Calcutta medical institutions reports 1871-78
Year: 1871
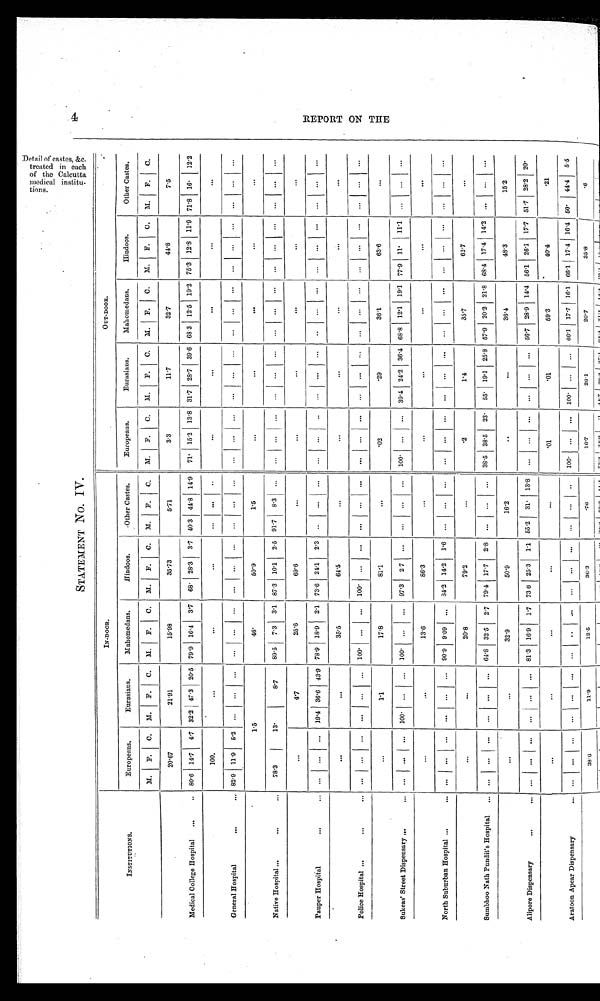
t r eat ed i n each
of t he Cal cut t a
medi cal i nst i t u-
tions.
4
STATEMENT No. IV.
IN-DOOR.
OUT-DOOR.
INSTITUTIONS.
Europeans.
Eurasians.
Mahomedans.
Hindoos.
-Other Castes.
Europeans.
Eurasians.
Mahomedans.
Hindoos.
Other Castes.
M.
F.
C.
M.
F.
C.
M.
F.
C.
M.
F.
C.
M.
F.
C
M.
F.
C.
M.
F.
C.
M.
F.
C.
M.
F.
C.
M.
F.
C.
Medical College Hospital
...
..
20.67
21.91
15.98
35.73
5.71
3.3
11.7
32.7
44.8
7.5
80.6 14.7 4.7 32.2 47.3
'
20.5 79.9 16.4 3.7
68. 28.3
3.7 40.3 44.8 14.9
71• 15.2 13 .8 31 .7 28.7 39. 6 68 3 12 .5 19.2 75.3 12 .8 11 .9 71.8 16.
12.2
General Hospital
... ...
100.
...
...
...
...
...
..
...
...
...
...
. . .
82.9 11.9 5.2
... ... ... ... ... ... ... ... ... ... ... ... ... ... ... ... ... ... ...
. . .
... ... ... ... ... ... ...
.
Native Hospital ... ... ...
1.5
1. 5
4 6 . 46.
5 0 . 9
1.5
...
...
. . .
...
. . .
78.3
1 3 .
8 . 7
89.5
7.3
3.1 87 .3 10.1
2..5 91.7 8.3 ...
...
...
...
...
...
...
...
...
...
...
...
...
...
...
...
Pauper Hospital
...
...
...
4.7
25.6
69.6
...
...
...
...
...
...
...
...
...
19.4 36.6 43.9 78 .9 18.9 2.1 73.6 24.1
2.3 ..
...
...
...
...
. . .
. . .
. . .
...
. . .
. . .
. . .
. . .
. . .
. . . . . . .
. . .
. . .
Police Hospital ...
... ...
...
...
35.5
64.5
...
...
...
...
...
... ... ... ... ... ...
100. ...
...
100.
... ... ... ... ... ... ... ... ... ... ... ... ... ... ... ... ... ... ... ...
Sukeas' Street Dispensary ...
...
...
1.1
17.8
81.1
...
•02
•29
361
63.6
...
...
...
...
100' ...
...
100' ...
...
97.3
2.7 ...
...
...
...
100.
...
...
39.4 21.2 36.4 68.8 12.1 19.1 77 .9 1 1 .
11.1 ...
...
...
North Suburban Hospital ... ...
...
...
13.6
86.3
...
...
...
...
...
...
...
...
... ...
...
...
. . .
9 0 . 9 9.09
3 4 . 2 14.2
1.6
. . .
. . .
. . .
. . .
. . . ...
. . . ... ...
. . .
. . . ...
...
. . .
. . .
. . .
. . .
. . .
Sumbhoo Nath Pundit's Hospital
... ...
...
...
20.8
79.2
...
.2
1.4
35.7
62.7
...
...
... ...
...
...
...
. . . 64.8 32 .5
2.7 79 .4 17.7 2 .8 ...
. . .
. . .
38.5 38.5
23. 55 . 19. 1 25.8 57 .9 20 .2 21 .8 68 .4 17 .4 14.2 ...
...
...
Alipore Dispensary
...
...
..
...
32.9
50.9
16.2
...
...
36.4
48.3
15.2
...
...
...
...
...
. . . 81 .3 16 .9
11 73 6 25 .3
11 55 .2 31. 13.8
...
...
...
...
...
..,
56.7 28 .9 14-4 56.1 26.1 17.7 51 .7 28 .2
2 0 •
Aratoon Apear Dispensary ...
...
...
. . .
...
...
.01
•01
59.3
40.4
•21
...
... ...
...
... ...
...
. . . ...
. . .
. . .
...
. . .
. . .
. . . 100.
. . . ...
100. ...
...
661 1 17 .7 1 16 . 1 66.1 17 .4 16 .4 50. 44.4 5.5
38.6
11.9
12.5
36.3
.76
16.7
26.1
20.7
35.8
.
.6
RE P ORT ON T HE